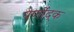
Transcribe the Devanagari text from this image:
पर्णोदक